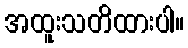
အထူးသတိထားပါ။